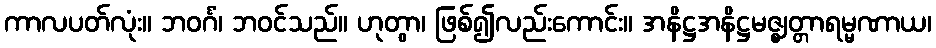
ကာလပတ်လုံး။ ဘဝင်္ဂံ၊ ဘဝင်သည်။ ဟုတွာ၊ ဖြစ်၍လည်းကောင်း။ အနိဋ္ဌအနိဋ္ဌမဇ္ဈတ္တာရမ္မဏာယ၊